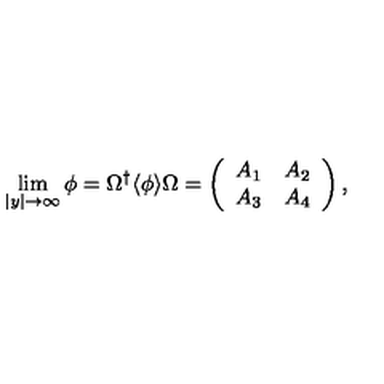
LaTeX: \lim _ { | y | \rightarrow \infty } \phi = \Omega ^ { \dagger } \langle \phi \rangle \Omega = \left( \begin{array} { c c } { A _ { 1 } } & { A _ { 2 } } \\ { A _ { 3 } } & { A _ { 4 } } \\ \end{array} \right) ,